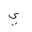
Letter: _ya